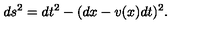
d s ^ { 2 } = d t ^ { 2 } - ( d x - v ( x ) d t ) ^ { 2 } .